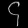
Digit: ၄